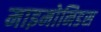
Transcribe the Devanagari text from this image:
माइमोनिडस